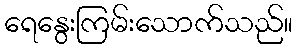
ရေနွေးကြမ်းသောက်သည်။